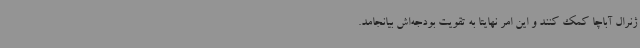
ژنرال آباچا کمک کنند و این امر نهایتا به تقویت بودجه‌اش بیانجامد.